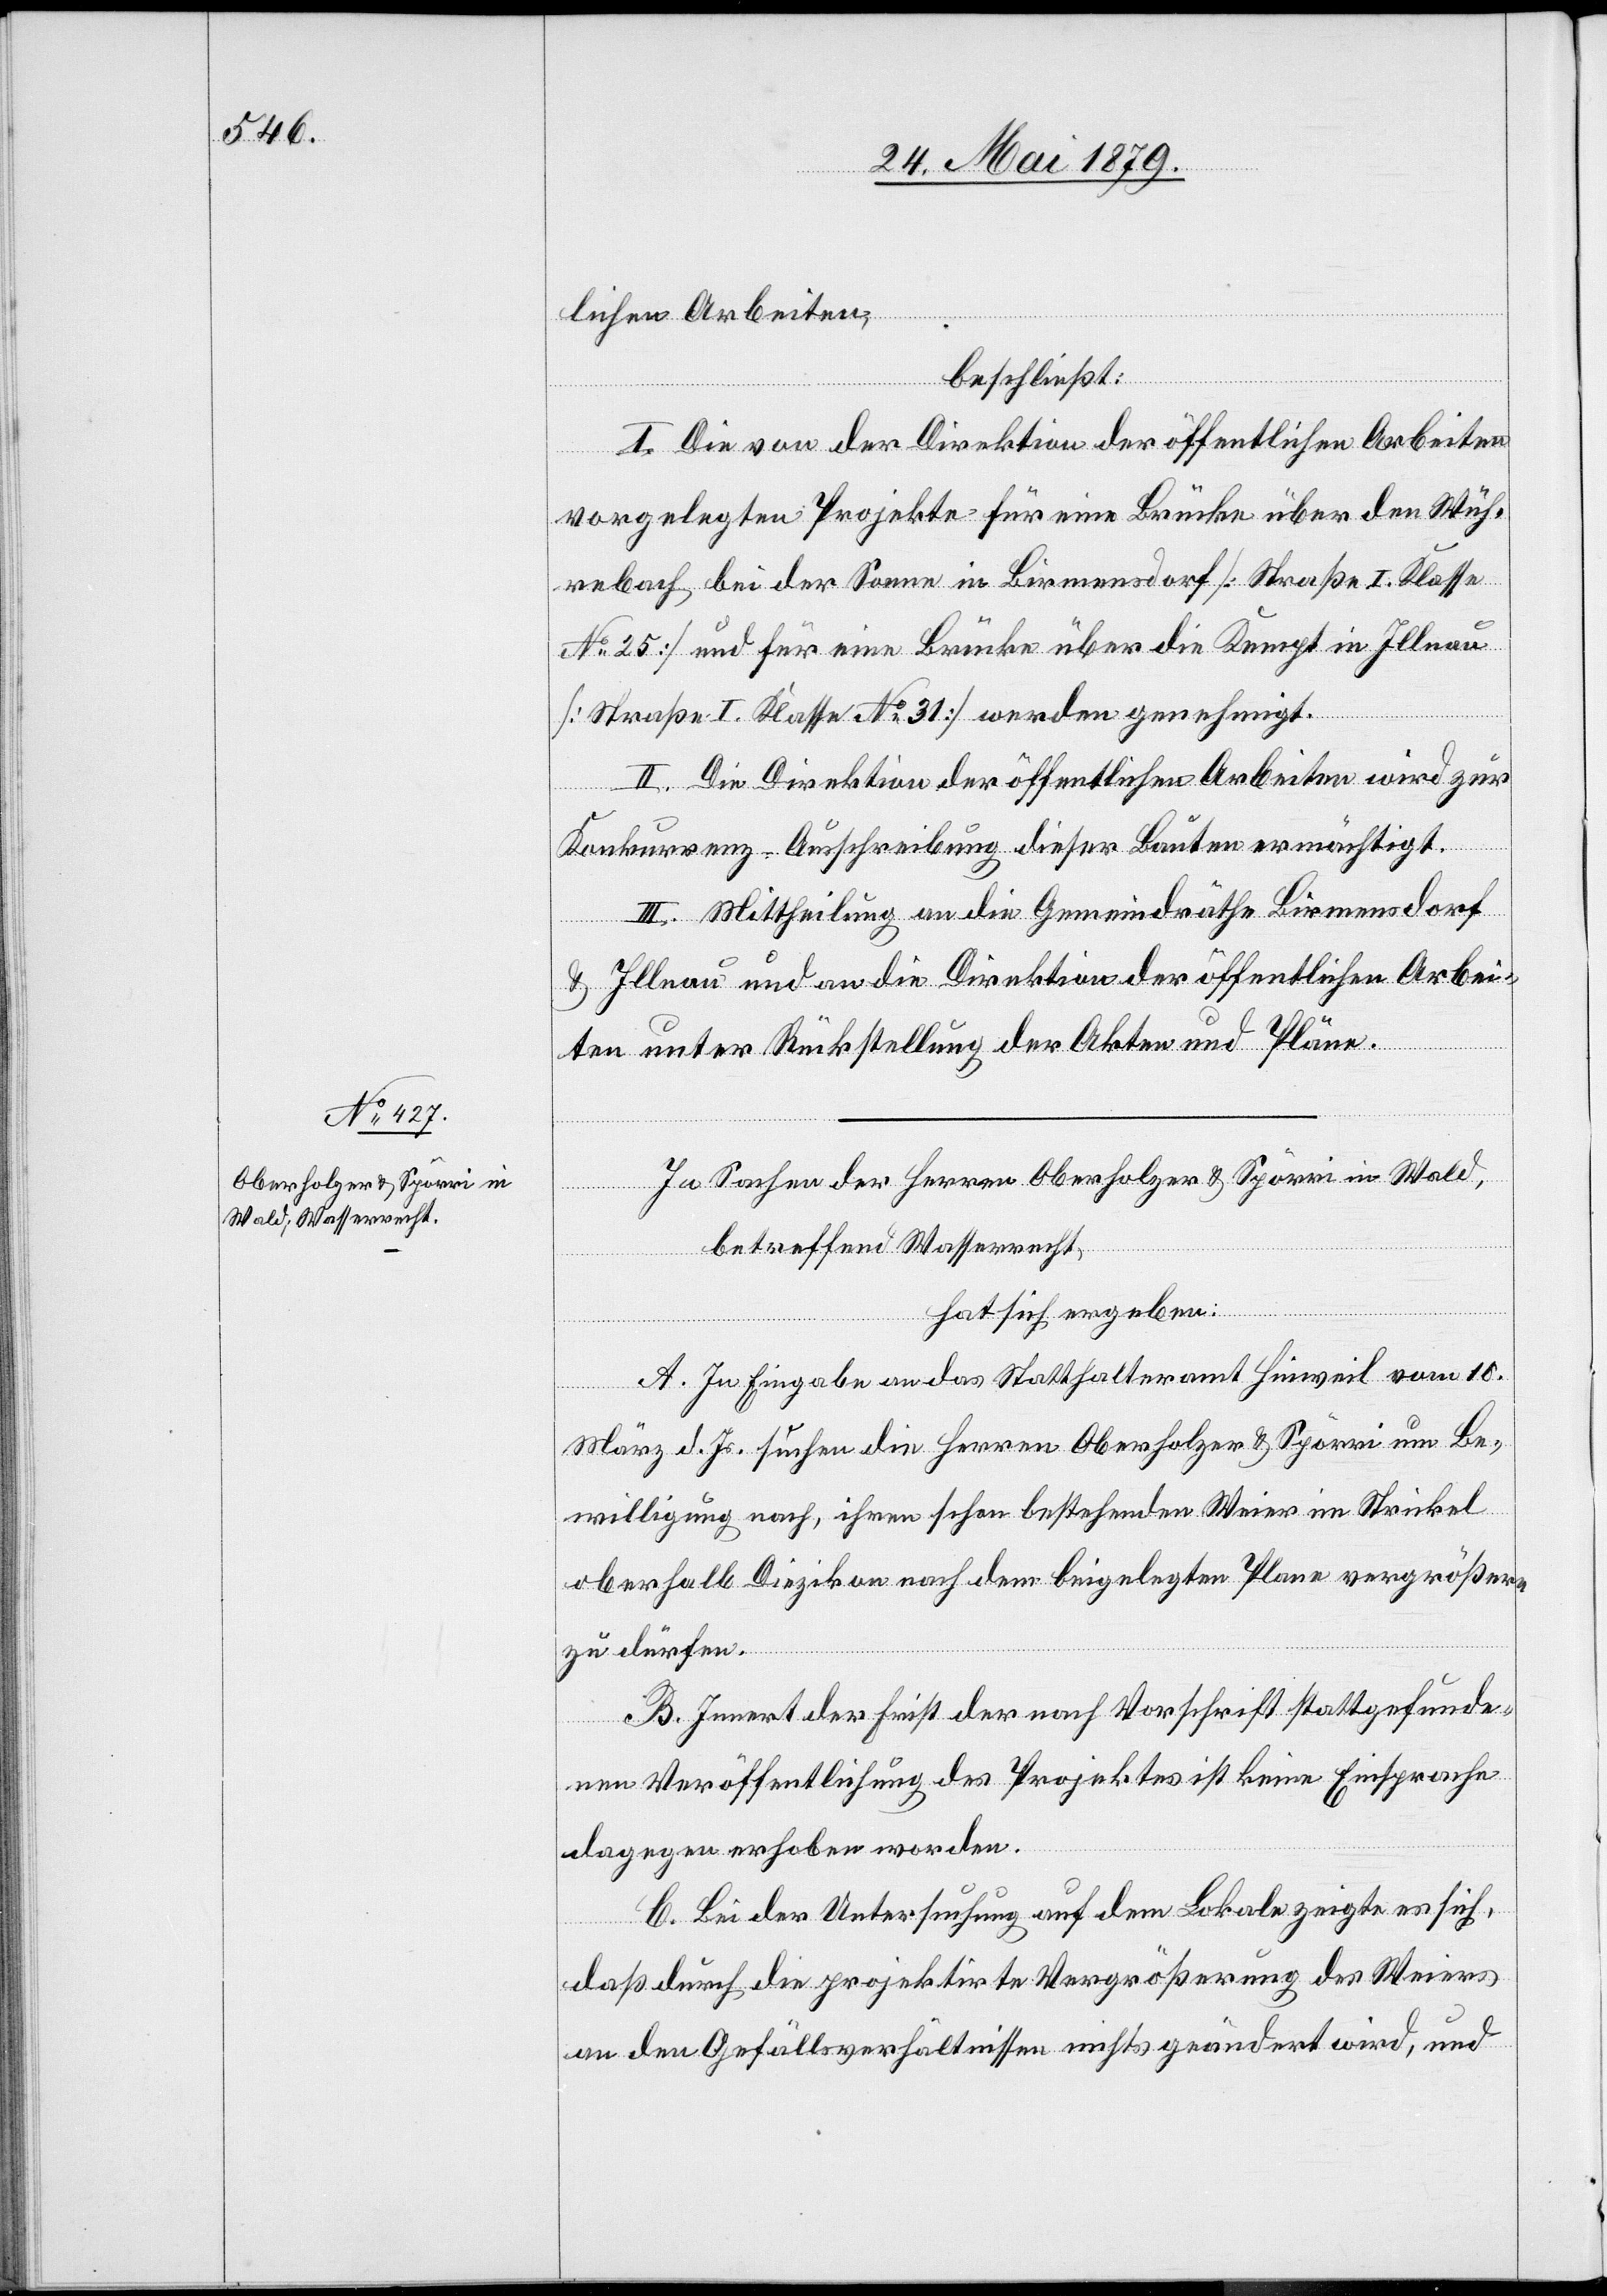
lichen Arbeiten,
beschließt:
I. Die von der Direktion der öffentlichen Arbeiten
vorgelegten Projekte für eine Brücke über den Wüh¬
rebach bei der Sonne in Birmensdorf [Straße I. Klasse
No 25] und für eine Brücke über die Kempt in Illnau
[Straße I. Klasse No 31] werden genehmigt.
II. Die Direktion der öffentlichen Arbeiten wird zur
Konkurrenz-Ausschreibung dieser Bauten ermächtigt.
III. Mittheilung an die Gemeindräthe Birmensdorf
& Illnau und an die Direktion der öffentlichen Arbei¬
ten unter Rückstellung der Akten und Pläne.
In Sachen der Herren Oberholzer & Spörri in Wald,
betreffend Wasserrecht,
hat sich ergeben:
A. In Eingabe an das Statthalteramt Hinweil vom 10.
März d. Js. suchen die Herren Oberholzer & Spörri um Be¬
willigung nach, ihren schon bestehenden Weier im Strickel
oberhalb Diezikon nach dem beigelegten Plane vergrößern
zu dürfen.
B. Innert der Frist der nach Vorschrift stattgefunde¬
nen Veröffentlichung des Projektes ist keine Einsprache
dagegen erhoben worden.
C. Bei der Untersuchung auf dem Lokale zeigte es sich,
daß durch die projektirte Vergrößerung des Weiers
an den Gefällsverhältnissen nichts geändert wird, und